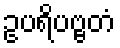
ဥပရိပဗ္ဗတံ